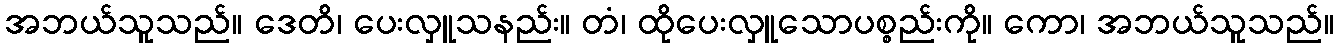
အဘယ်သူသည်။ ဒေတိ၊ ပေးလှူသနည်း။ တံ၊ ထိုပေးလှူသောပစ္စည်းကို။ ကော၊ အဘယ်သူသည်။